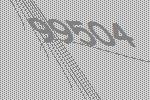
99504